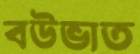
বউভাত